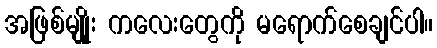
အဖြစ်မျိုုး ကလေးတွေကို မရောက်စေချင်ပါ။